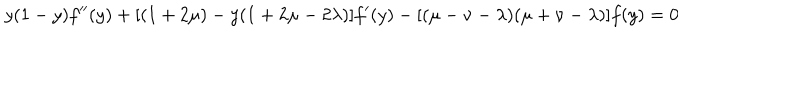
y ( 1 - y ) f ^ { \prime \prime } ( y ) + [ ( 1 + 2 \mu ) - y ( 1 + 2 \mu - 2 \lambda ) ] f ^ { \prime } ( y ) - [ ( \mu - \nu - \lambda ) ( \mu + \nu - \lambda ) ] f ( y ) = 0